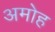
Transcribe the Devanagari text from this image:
अमोह